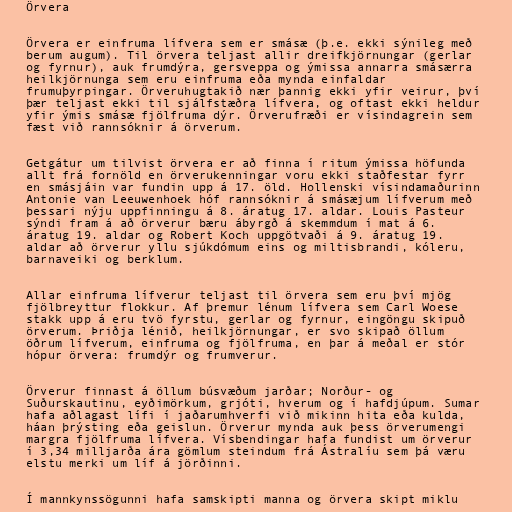
Örvera

Örvera er einfruma lífvera sem er smásæ (þ.e. ekki sýnileg með
berum augum). Til örvera teljast allir dreifkjörnungar (gerlar
og fyrnur), auk frumdýra, gersveppa og ýmissa annarra smásærra
heilkjörnunga sem eru einfruma eða mynda einfaldar
frumuþyrpingar. Örveruhugtakið nær þannig ekki yfir veirur, því
þær teljast ekki til sjálfstæðra lífvera, og oftast ekki heldur
yfir ýmis smásæ fjölfruma dýr. Örverufræði er vísindagrein sem
fæst við rannsóknir á örverum.

Getgátur um tilvist örvera er að finna í ritum ýmissa höfunda
allt frá fornöld en örverukenningar voru ekki staðfestar fyrr
en smásjáin var fundin upp á 17. öld. Hollenski vísindamaðurinn
Antonie van Leeuwenhoek hóf rannsóknir á smásæjum lífverum með
þessari nýju uppfinningu á 8. áratug 17. aldar. Louis Pasteur
sýndi fram á að örverur bæru ábyrgð á skemmdum í mat á 6.
áratug 19. aldar og Robert Koch uppgötvaði á 9. áratug 19.
aldar að örverur yllu sjúkdómum eins og miltisbrandi, kóleru,
barnaveiki og berklum.

Allar einfruma lífverur teljast til örvera sem eru því mjög
fjölbreyttur flokkur. Af þremur lénum lífvera sem Carl Woese
stakk upp á eru tvö fyrstu, gerlar og fyrnur, eingöngu skipuð
örverum. Þriðja lénið, heilkjörnungar, er svo skipað öllum
öðrum lífverum, einfruma og fjölfruma, en þar á meðal er stór
hópur örvera: frumdýr og frumverur.

Örverur finnast á öllum búsvæðum jarðar; Norður- og
Suðurskautinu, eyðimörkum, grjóti, hverum og í hafdjúpum. Sumar
hafa aðlagast lífi í jaðarumhverfi við mikinn hita eða kulda,
háan þrýsting eða geislun. Örverur mynda auk þess örverumengi
margra fjölfruma lífvera. Vísbendingar hafa fundist um örverur
í 3,34 milljarða ára gömlum steindum frá Ástralíu sem þá væru
elstu merki um líf á jörðinni.

Í mannkynssögunni hafa samskipti manna og örvera skipt miklu